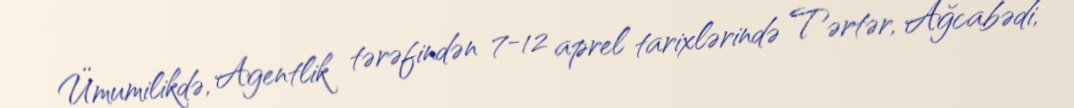
Ümumilikdə, Agentlik tərəfindən 7-12 aprel tarixlərində Tərtər, Ağcabədi,